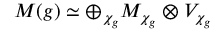
M ( g ) \simeq \oplus _ { \chi _ { g } } M _ { \chi _ { g } } \otimes V _ { \chi _ { g } }